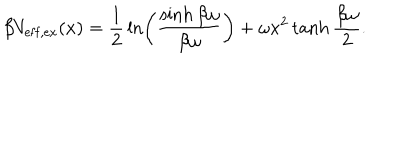
LaTeX: \beta V _ { \mathrm { e f f , e x } } ( x ) = \frac { 1 } { 2 } \, \ln \left( \frac { \sinh \beta \omega } { \beta \omega } \right) + \omega x ^ { 2 } \tanh \frac { \beta \omega } { 2 } .